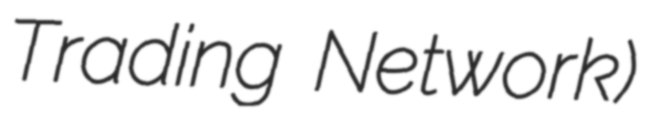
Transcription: Trading Network)